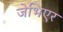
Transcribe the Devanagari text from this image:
जेभिएर